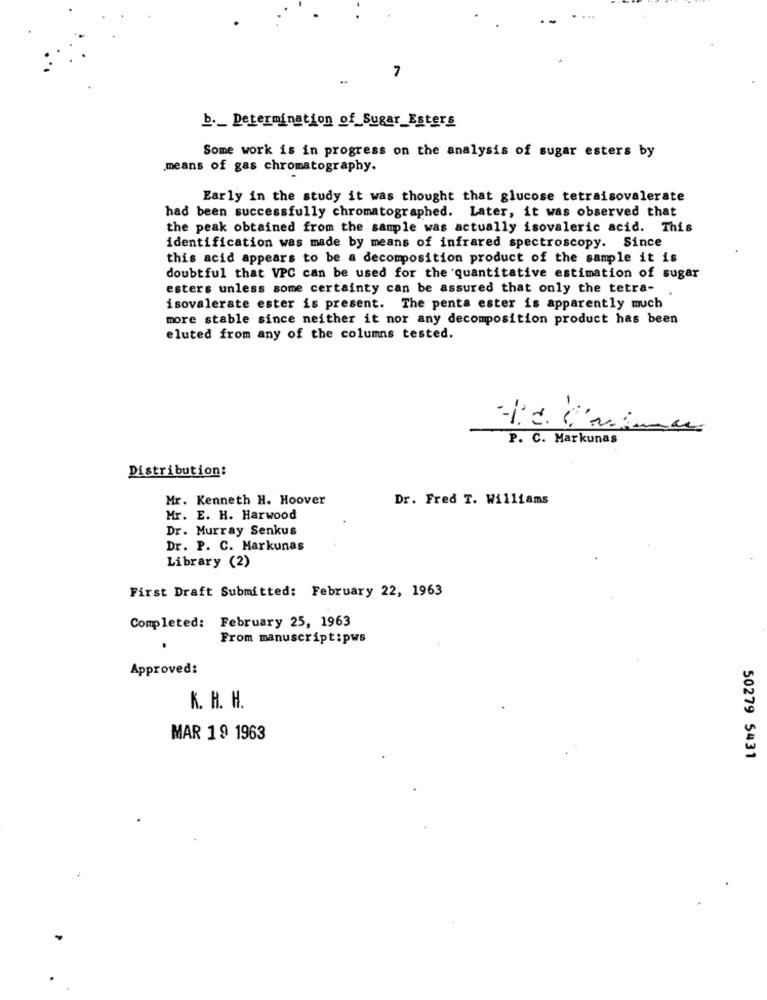
7
..
b. _ Determination of Sugar_Esters
Some work is in progress on the analysis of sugar esters by
.means of gas chromatography.
Early in the study it was thought that glucose tetraisovalerate
had been successfully chromatographed. Later, it was observed that
the peak obtained from the sample was actually isovaleric acid. This
identification was made by means of infrared spectroscopy. Since
this acid appears to be a decomposition product of the sample it is
doubtful that VPC can be used for the quantitative estimation of sugar
esters unless some certainty can be assured that only the tetra-
isovalerate ester is present. The penta ester is apparently much
more stable since neither it nor any decomposition product has been
eluted from any of the columns tested.
P. C. Markunas
Distribution:
Mr. Kenneth H. Hoover
Dr. Fred T. Williams
Mr. E. H. Harwood
Dr. Murray Senkus
Dr. P. C. Markunas
Library (2)
First Draft Submitted: February 22, 1963
Completed: February 25, 1963
From manuscript: pws
Approved:
K. H. H.
MAR 19 1963
50279 5431